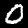
Label: 0